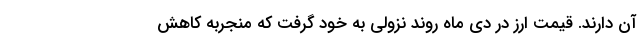
آن دارند. قیمت ارز در دی ماه روند نزولی به خود گرفت که منجربه کاهش